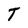
Character: T